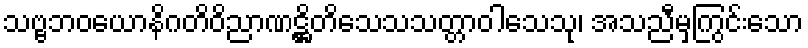
သဗ္ဗဘဝယောနိဂတိဝိညာဏဋ္ဌိတိသေသသတ္တာဝါသေသု၊ အသညီမှကြွင်းသော